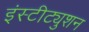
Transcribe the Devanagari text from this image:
इंस्टीट्युशन